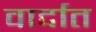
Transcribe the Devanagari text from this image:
वार्दात